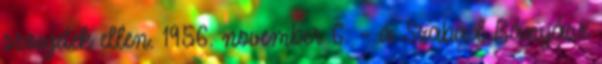
szovjetek ellen. 1956. november 6. – a Szabad Bányász